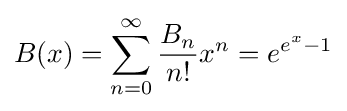
B(x)=\sum _{n=0}^{\infty }{\frac {B_{n}}{n!}}x^{n}=e^{e^{x}-1}